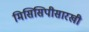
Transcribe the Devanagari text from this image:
मिसिसिपीसारखी